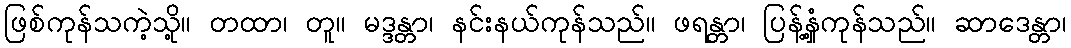
ဖြစ်ကုန်သကဲ့သို့။ တထာ၊ တူ။ မဒ္ဒန္တာ၊ နင်းနယ်ကုန်သည်။ ဖရန္တာ၊ ပြန့်နှံ့ကုန်သည်။ ဆာဒေန္တာ၊